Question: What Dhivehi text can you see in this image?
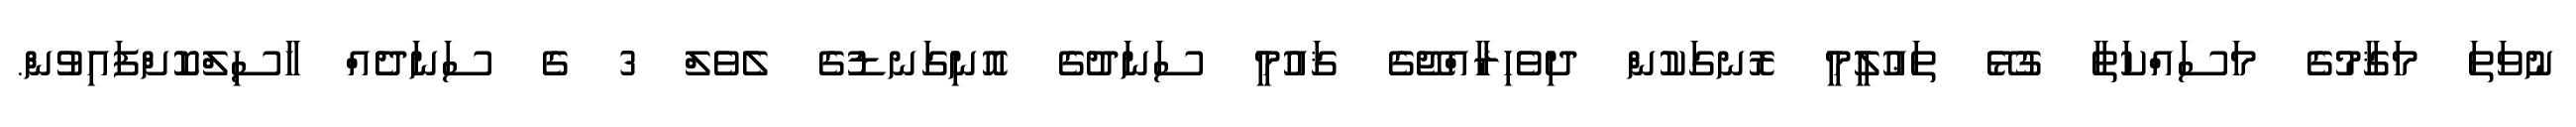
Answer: ނުވަތަ މަޤާމުގެ މަސައްކަތާ ގުޅޭ ތަޢުލީމީ ރޮނގަކުން ދިވެހިރާއްޖޭގެ ޤައުމީ ސަނަދުގެ އޮނިގަނޑުގެ ލެވެލް 3 ގެ ސަނަދެއް ހާސިލްކޮށްފައިވުން.